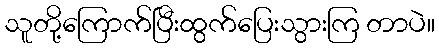
သူတို့ကြောက်ပြီးထွက်ပြေးသွားကြ တာပဲ။